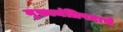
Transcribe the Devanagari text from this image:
मुख्यमंत्रिपदाचे